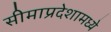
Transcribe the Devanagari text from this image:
सीमाप्रदेशामध्ये